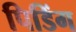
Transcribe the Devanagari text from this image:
पिडिंग